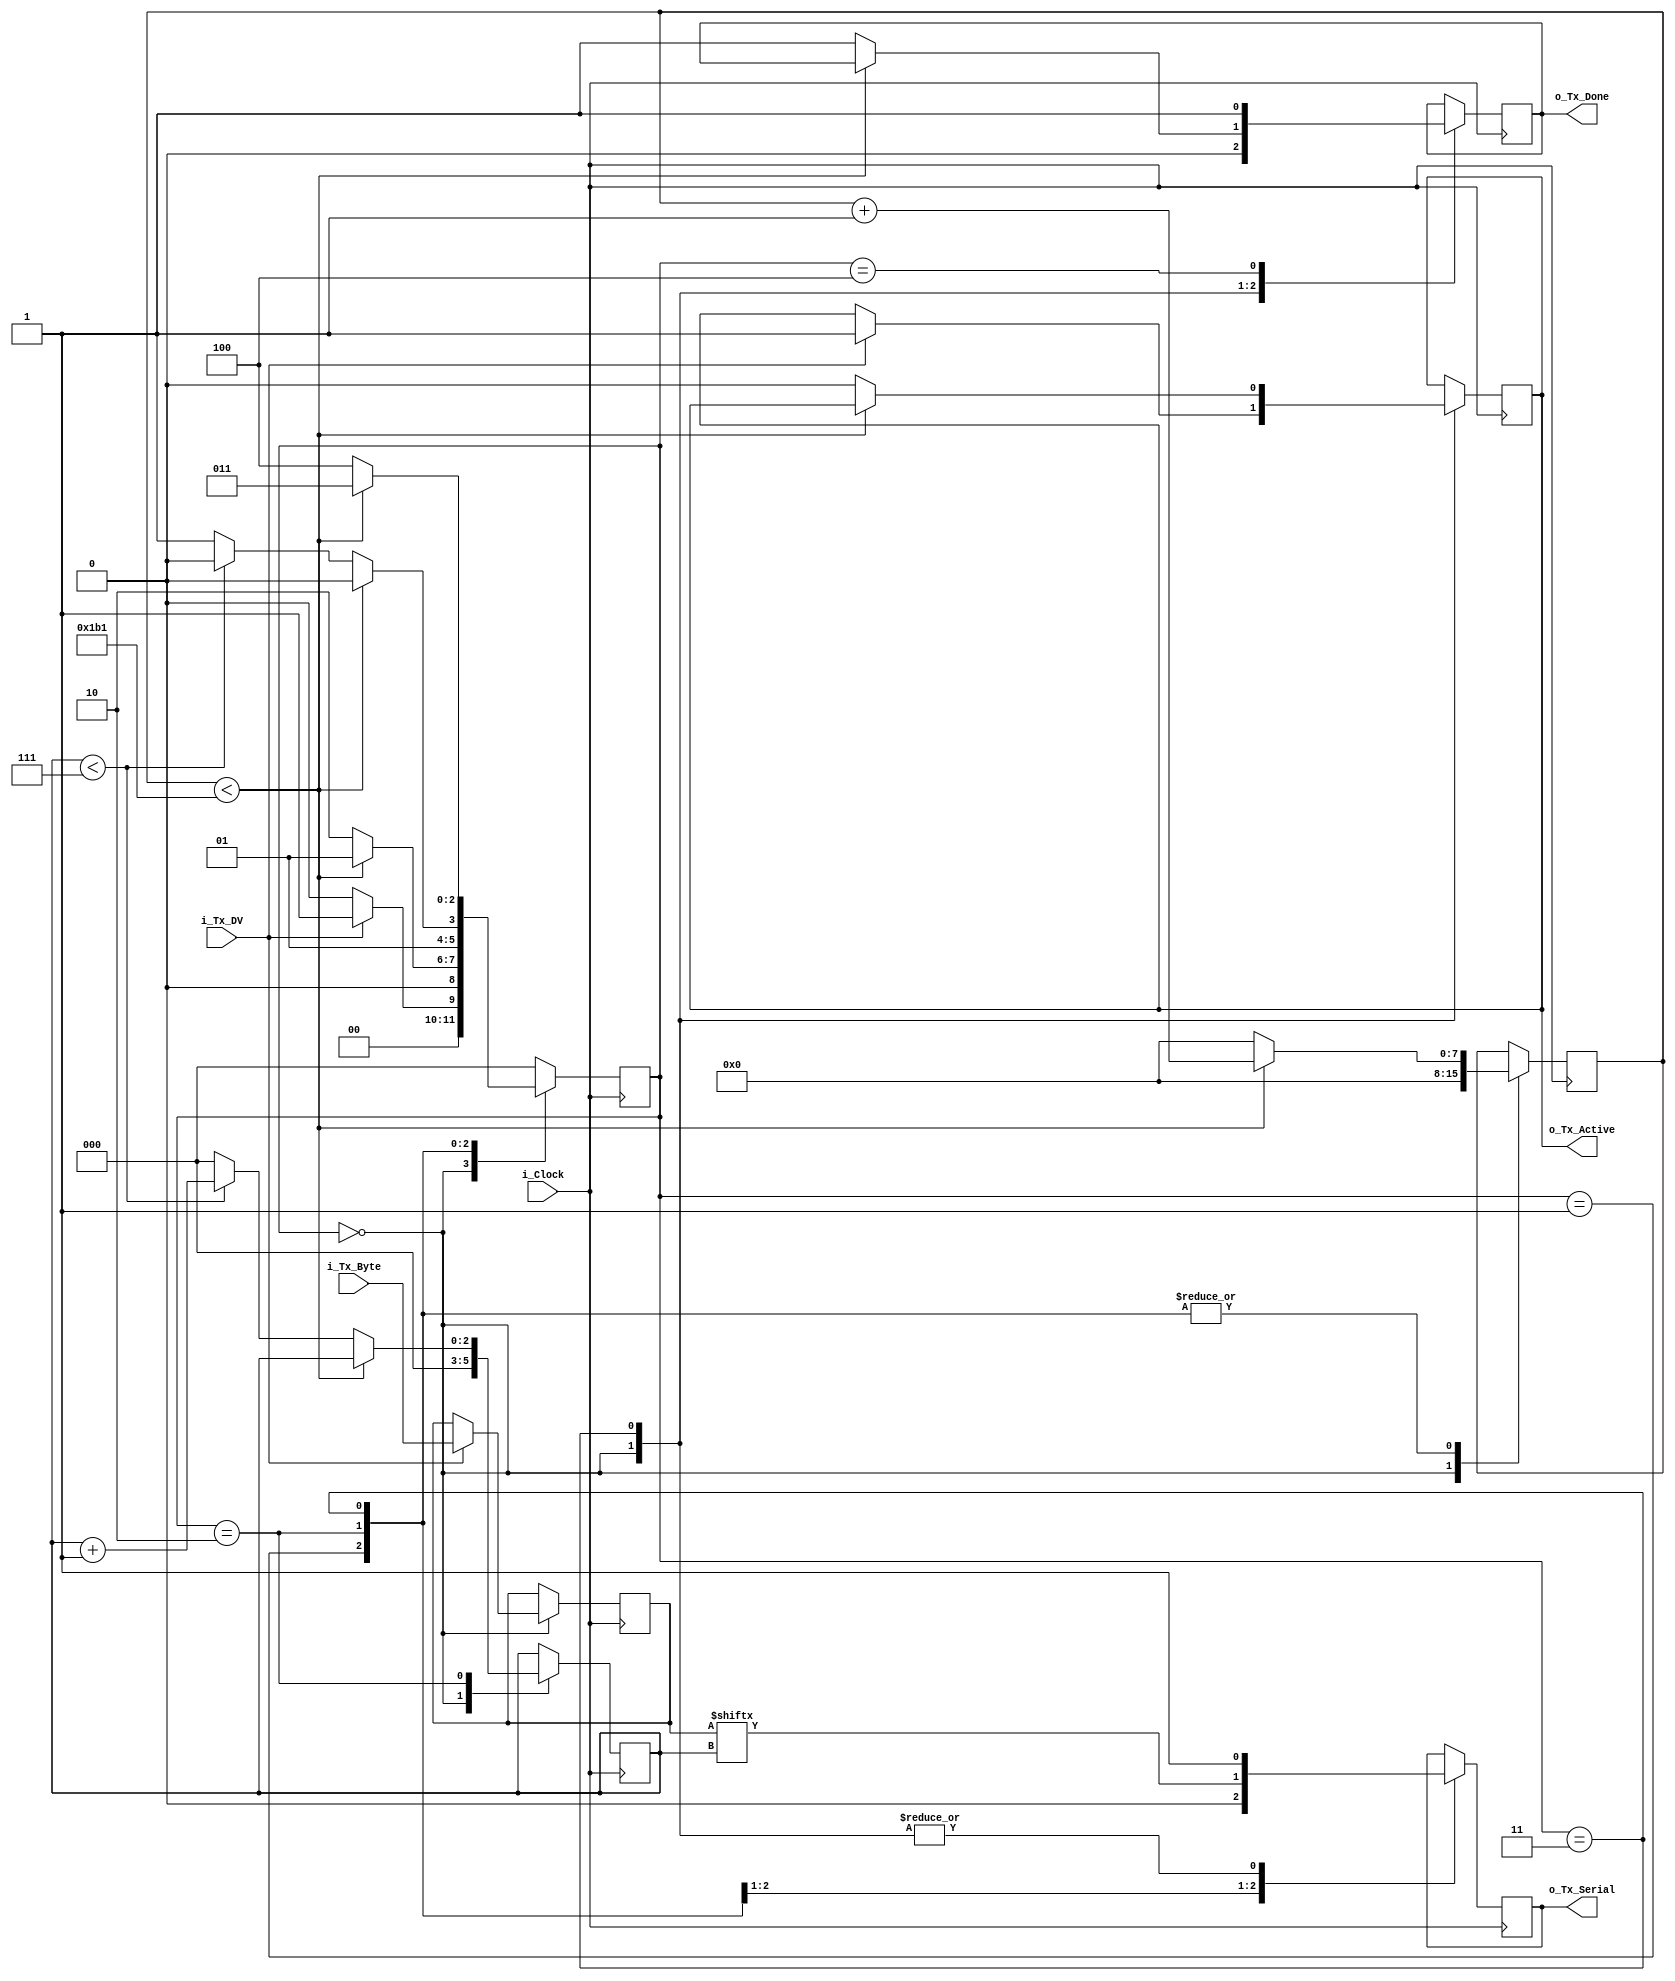
//////////////////////////////////////////////////////////////////////
// O codigo no arquivo atual no  de produo prpria
// A arquivo foi utilizado na soluo do problema com algumas alteraes e no deve contar como
// Material de avaliao
// Arquivo baixado em http://www.nandland.com
//////////////////////////////////////////////////////////////////////
// This file contains the UART Transmitter.  This transmitter is able
// to transmit 8 bits of serial data, one start bit, one stop bit,
// and no parity bit.  When transmit is complete o_Tx_done will be
// driven high for one clock cycle.
//
// Set Parameter CLKS_PER_BIT as follows:
// CLKS_PER_BIT = (Frequency of i_Clock)/(Frequency of UART)
// Example: 50 MHz Clock, 115200 baud UART
// (50000000)/(115200) = 434
  
module uart_tx 
  #(parameter CLKS_PER_BIT = 434)
  (
   input       i_Clock,
   input       i_Tx_DV,
   input [7:0] i_Tx_Byte, 
   output      o_Tx_Active,
   output reg  o_Tx_Serial,
   output      o_Tx_Done
   );
  
  parameter s_IDLE         = 3'b000;
  parameter s_TX_START_BIT = 3'b001;
  parameter s_TX_DATA_BITS = 3'b010;
  parameter s_TX_STOP_BIT  = 3'b011;
  parameter s_CLEANUP      = 3'b100;
   
  reg [2:0]    r_SM_Main     = 0;
  reg [7:0]    r_Clock_Count = 0;
  reg [2:0]    r_Bit_Index   = 0;
  reg [7:0]    r_Tx_Data     = 0;
  reg          r_Tx_Done     = 0;
  reg          r_Tx_Active   = 0;
     
  always @(posedge i_Clock)
    begin
       
      case (r_SM_Main)
        s_IDLE :
          begin
            o_Tx_Serial   <= 1'b1;         // Drive Line High for Idle
            r_Tx_Done     <= 1'b0;
            r_Clock_Count <= 0;
            r_Bit_Index   <= 0;
             
            if (i_Tx_DV == 1'b1)
              begin
                r_Tx_Active <= 1'b1;
                r_Tx_Data   <= i_Tx_Byte;
                r_SM_Main   <= s_TX_START_BIT;
              end
            else
              r_SM_Main <= s_IDLE;
          end // case: s_IDLE
         
         
        // Send out Start Bit. Start bit = 0
        s_TX_START_BIT :
          begin
            o_Tx_Serial <= 1'b0;
             
            // Wait CLKS_PER_BIT-1 clock cycles for start bit to finish
            if (r_Clock_Count < CLKS_PER_BIT-1)
              begin
                r_Clock_Count <= r_Clock_Count + 1;
                r_SM_Main     <= s_TX_START_BIT;
              end
            else
              begin
                r_Clock_Count <= 0;
                r_SM_Main     <= s_TX_DATA_BITS;
              end
          end // case: s_TX_START_BIT
         
         
        // Wait CLKS_PER_BIT-1 clock cycles for data bits to finish         
        s_TX_DATA_BITS :
          begin
            o_Tx_Serial <= r_Tx_Data[r_Bit_Index];
             
            if (r_Clock_Count < CLKS_PER_BIT-1)
              begin
                r_Clock_Count <= r_Clock_Count + 1;
                r_SM_Main     <= s_TX_DATA_BITS;
              end
            else
              begin
                r_Clock_Count <= 0;
                 
                // Check if we have sent out all bits
                if (r_Bit_Index < 7)
                  begin
                    r_Bit_Index <= r_Bit_Index + 1;
                    r_SM_Main   <= s_TX_DATA_BITS;
                  end
                else
                  begin
                    r_Bit_Index <= 0;
                    r_SM_Main   <= s_TX_STOP_BIT;
                  end
              end
          end // case: s_TX_DATA_BITS
         
         
        // Send out Stop bit.  Stop bit = 1
        s_TX_STOP_BIT :
          begin
            o_Tx_Serial <= 1'b1;
             
            // Wait CLKS_PER_BIT-1 clock cycles for Stop bit to finish
            if (r_Clock_Count < CLKS_PER_BIT-1)
              begin
                r_Clock_Count <= r_Clock_Count + 1;
                r_SM_Main     <= s_TX_STOP_BIT;
              end
            else
              begin
                r_Tx_Done     <= 1'b1;
                r_Clock_Count <= 0;
                r_SM_Main     <= s_CLEANUP;
                r_Tx_Active   <= 1'b0;
              end
          end // case: s_Tx_STOP_BIT
         
         
        // Stay here 1 clock
        s_CLEANUP :
          begin
            r_Tx_Done <= 1'b1;
            r_SM_Main <= s_IDLE;
          end
         
         
        default :
          r_SM_Main <= s_IDLE;
         
      endcase
    end
 
  assign o_Tx_Active = r_Tx_Active;
  assign o_Tx_Done   = r_Tx_Done;
   
endmodule